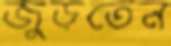
জুড়তেন